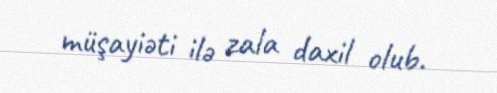
müşayiəti ilə zala daxil olub.